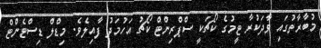
މުބާރާތުގައި ވާދަކުރާ ޓީމުގެ ކޯޗަކީ ސްޕްރިންޓް ކޯޗު އަހުމަދު ފާއިލެވެ. މިޑްލް ޑިސްޓެންޓް